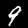
Label: 9